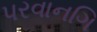
પરવાનગિ